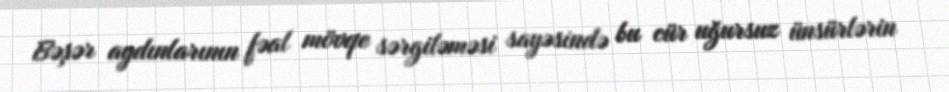
Bəşər aydınlarının fəal mövqe sərgiləməsi sayəsində bu cür uğursuz ünsürlərin